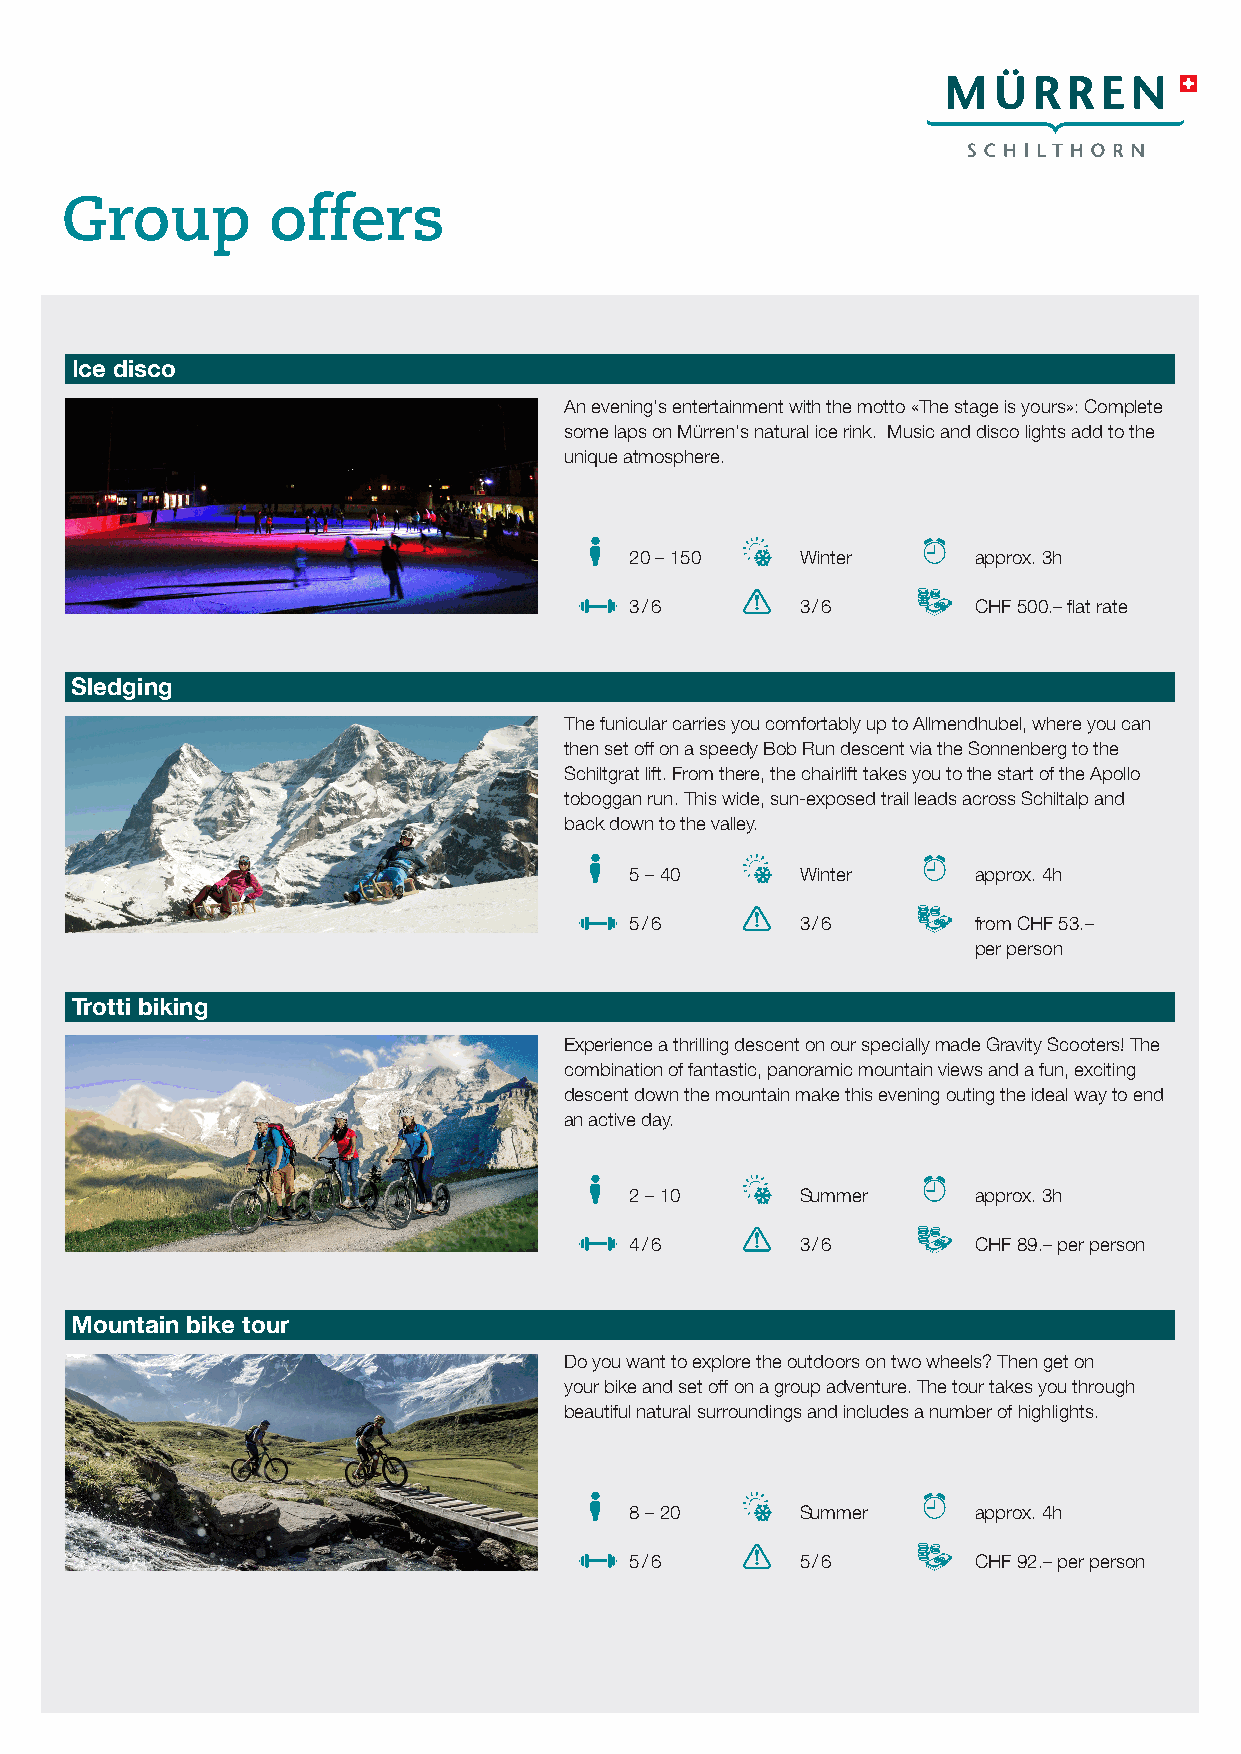
Group         offers
 Ice disco
 An evening‘s entertainment with the motto «The stage is yours»: Complete
 some laps on Mürren‘s natural ice rink. Music and disco lights add to the
 unique atmosphere.
 20 – 150   Winter      approx. 3h
 3 / 6      3 / 6       CHF 500.– flat rate
 Sledging
 The funicular carries you comfortably up to Allmendhubel, where you can
 then set off on a speedy Bob Run descent via the Sonnenberg to the
 Schiltgrat lift. From there, the chairlift takes you to the start of the Apollo
 toboggan run. This wide, sun-exposed trail leads across Schiltalp and
 back down to the valley.
 5 – 40     Winter      approx. 4h
 5 / 6      3 / 6       from CHF 53.–
 per person
 Trotti biking
 Experience a thrilling descent on our specially made Gravity Scooters! The
 combination of fantastic, panoramic mountain views and a fun, exciting
 descent down the mountain make this evening outing the ideal way to end
 an active day.
 2 – 10     Summer      approx. 3h
 4 / 6      3 / 6       CHF 89.– per person
 Mountain bike tour
 Do you want to explore the outdoors on two wheels? Then get on
 your bike and set off on a group adventure. The tour takes you through
 beautiful natural surroundings and includes a number of highlights.
 8 – 20     Summer      approx. 4h
 5 / 6      5 / 6       CHF 92.– per person